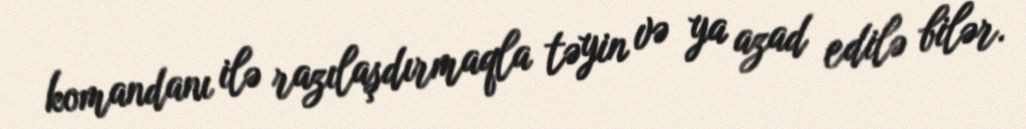
komandanı ilə razılaşdırmaqla təyin və ya azad edilə bilər.